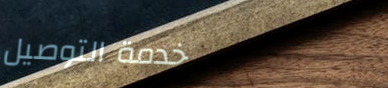
خدمة التوصيل